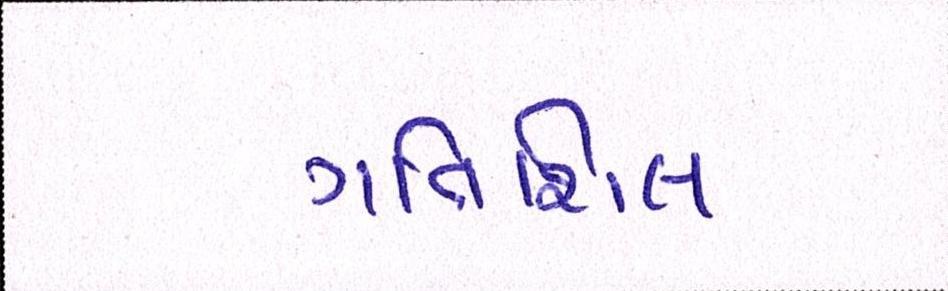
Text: ગતિશિલ